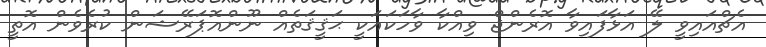
އެޗްއައިވީ ލޭ އަޅާފައިވާ އޮރެންޖް ވިއްކާ ވާހަކައަކީ ޙަޤީޤަތެއް ނޫންއޮޕަރޭޝަން ކުރެވެން އޮތީ